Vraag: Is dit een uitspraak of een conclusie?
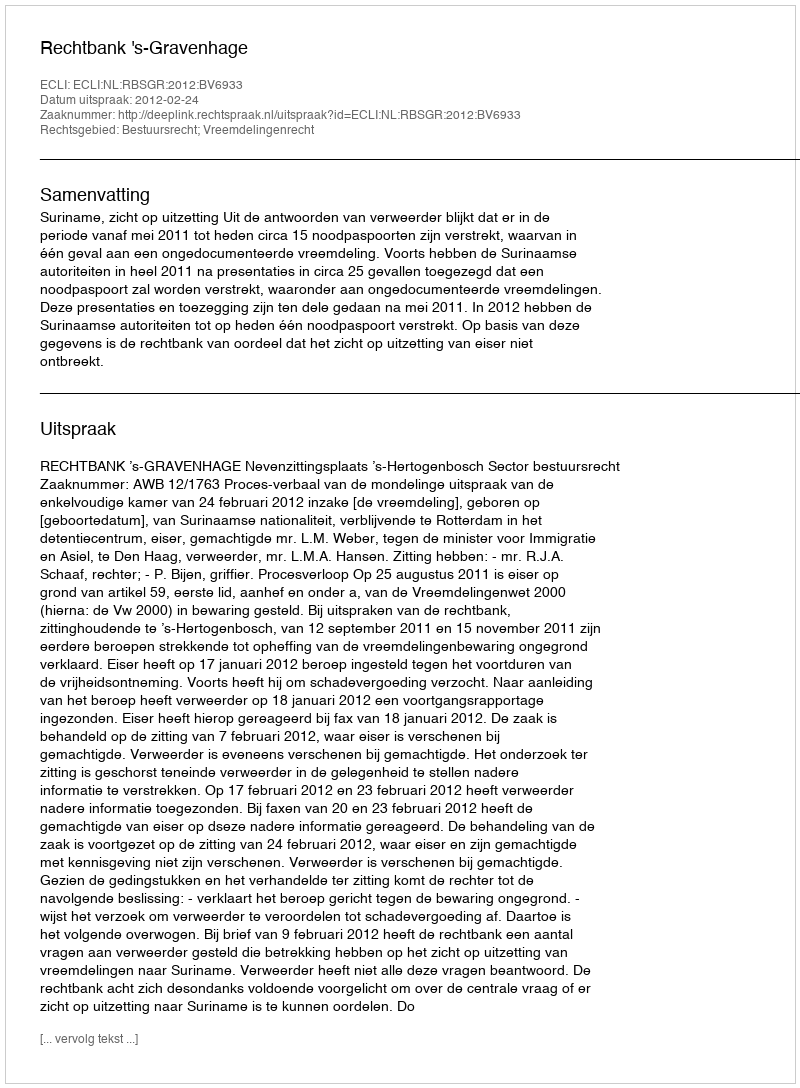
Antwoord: Uitspraak